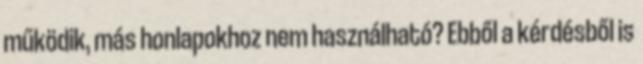
működik, más honlapokhoz nem használható? Ebből a kérdésből is